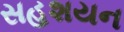
સહશયન